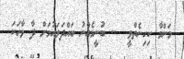
މަންމާ ކިހިނެތްވީ  .. ބުނީމެއްނު ބައްދަލައުމަށް ދާ ވާހަކަ